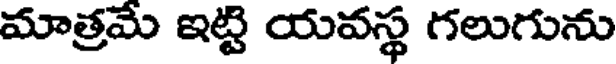
మాత్రమే ఇట్టి యవస్థ గలుగును